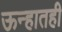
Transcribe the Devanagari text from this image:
ऊन्हातही